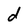
Character: d